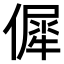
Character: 𠌬